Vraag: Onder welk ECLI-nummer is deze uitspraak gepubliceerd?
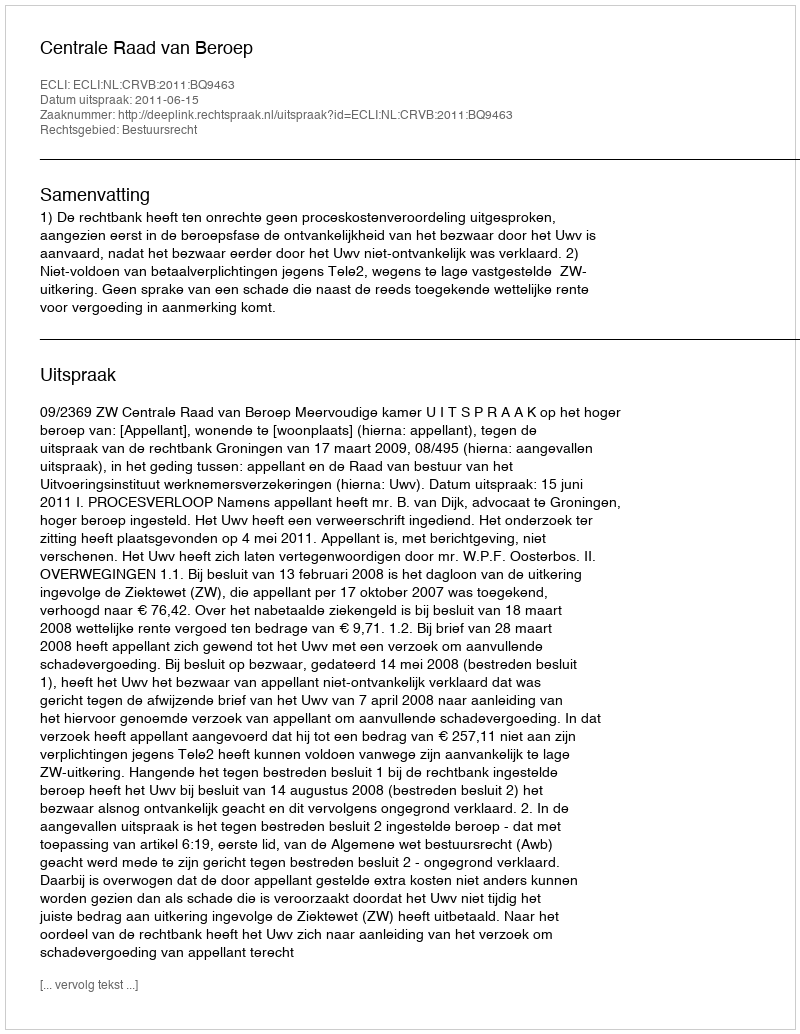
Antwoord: ECLI:NL:CRVB:2011:BQ9463